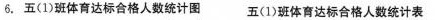
6.五(1)班体育达标合格人数统计图五(1)班体育达标合格人数统计表